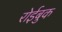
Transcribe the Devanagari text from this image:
रोईबुक